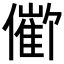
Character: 𪝱